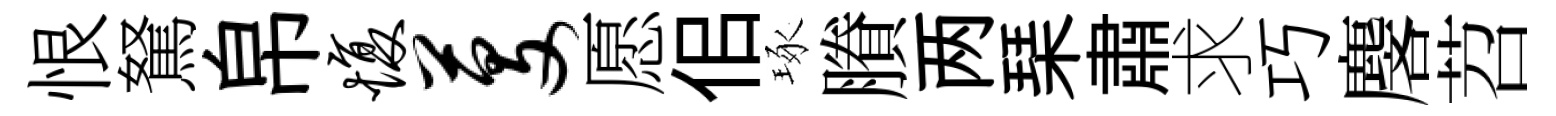
恨駑帛愎芟愿佀琢賸两琹肅求巧麐苕